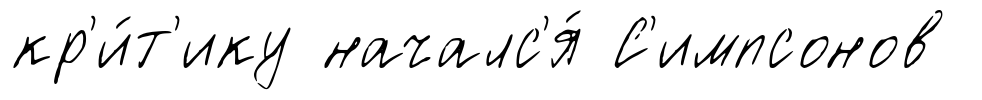
кр'и́т'ику началс'я́ С'импсонов